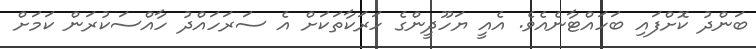
ބަންދު ކޮށްފައި ބަހައްޓާނެއެވެ. އެއީ ޔަހޫދީންގެ ހަރަކާތަކަށް އެ ސަރަހައްދު ހާއްސަކުރަން ކަމަށް